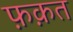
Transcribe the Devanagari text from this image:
फ़क़त